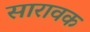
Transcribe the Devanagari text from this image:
सारावक